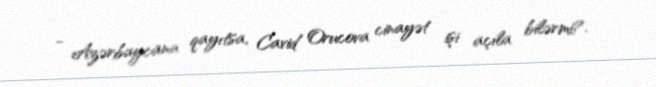
- Azərbaycana qayıtsa, Cavid Orucova cinayət işi açıla bilərmi?.